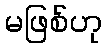
မဖြစ်ဟု